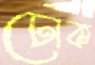
ঢোক